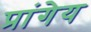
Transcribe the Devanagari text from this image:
प्रांगेय